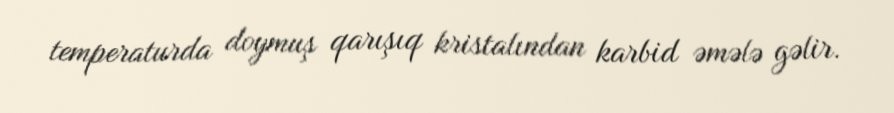
temperaturda doymuş qarışıq kristalından karbid əmələ gəlir.